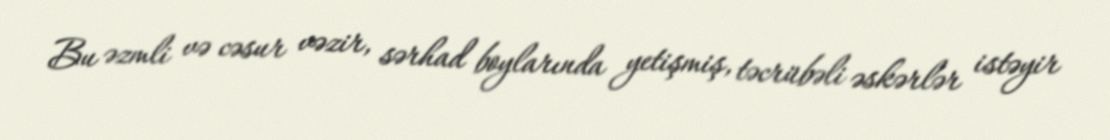
Bu əzmli və cəsur vəzir, sərhad boylarında yetişmiş, təcrübəli əskərlər istəyir